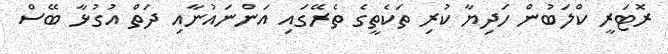
ރޮޓަރީ ކްލަބުން ހަދިޔާ ކުރި ތަކެތީގެ ތެރޭގައި އަންނައުނާއި ދަތް އުގުޅާ ބޭސް